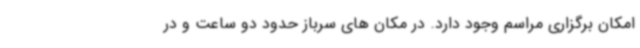
امکان برگزاری مراسم وجود دارد. در مکان های سرباز حدود دو ساعت و در